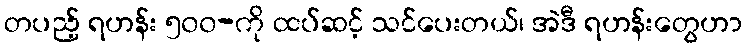
တပည့် ရဟန်း ၅၀၀-ကို ထပ်ဆင့် သင်ပေးတယ်၊ အဲဒီ ရဟန်းတွေဟာ